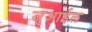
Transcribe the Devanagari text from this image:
जुआईल